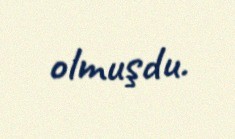
olmuşdu.